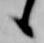
候